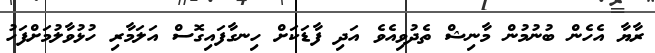
ރާޔާ އެހެން ބުނުމުން މާނިޝް ތެދުވިއެވެ އަދި ފާޑަކަށް ހިނގާފައިގޮސް އަލަމާރި ހުޅުވާލުމަށްފަހު